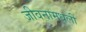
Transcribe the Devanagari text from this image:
जीवनामधली